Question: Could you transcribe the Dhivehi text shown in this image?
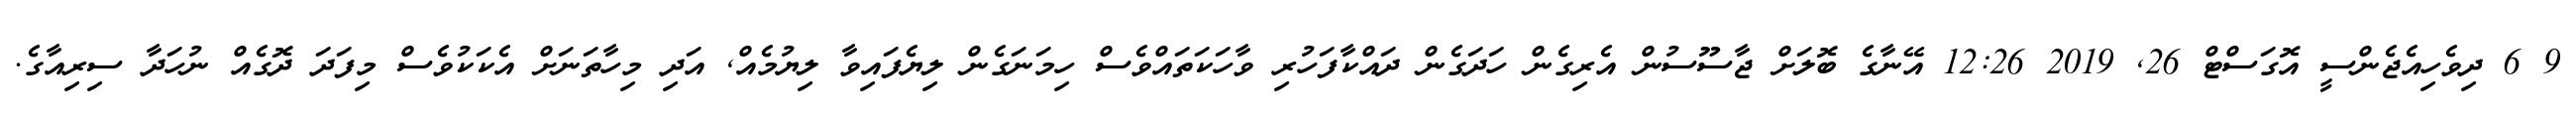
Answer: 9 6 ދިވެހިއެޖެންސީ އޮގަސްޓް 26, 2019 12:26 އޭނާގެ ބޮލަށް ޖާސޫސުން އެރިގެން ހަދަގެން ދައްކާފަހުރި ވާހަކަތައްވެސް ހިމަނަގެން ލިޔެފައިވާ ލިޔުމެއް, އަދި މިހާތަނަށް އެކަކުވެސް މިފަދަ ދޮގެއް ނުހަދާ ސިރިއާގެ.